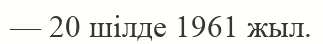
— 20 шілде 1961 жыл.